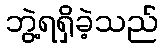
ဘွဲ့ရရှိခဲ့သည်